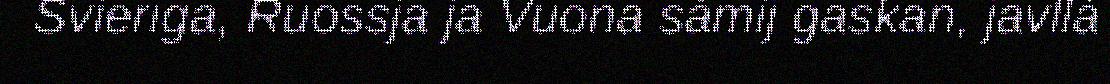
Svieriga, Ruossja ja Vuona sámij gaskan, javllá